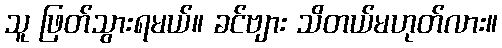
သူ ဖြတ်သွားရမယ်။ ခင်ဗျား သိတယ်မဟုတ်လား။